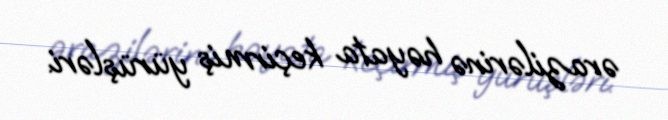
ərazilərinə həyata keçirmiş yürüşləri.